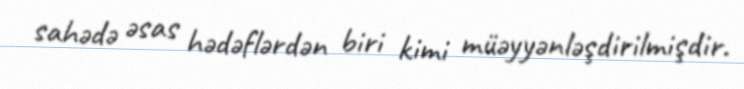
sahədə əsas hədəflərdən biri kimi müəyyənləşdirilmişdir.